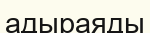
адыраяды